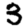
Digit: 3